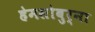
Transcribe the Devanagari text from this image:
हेमसोबुर्ना